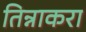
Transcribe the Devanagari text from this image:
तिन्नाकरा